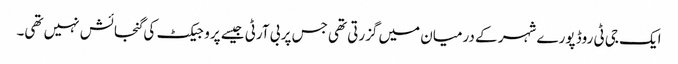
ایک جی ٹی روڈ پورے شہر کے درمیان میں گزرتی تھی جس پر بی آرٹی جیسے پروجیکٹ کی گنجائش نہیں تھی۔